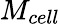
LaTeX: M_{cell}